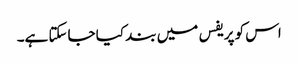
اس کو پریفس میں بند کیا جاسکتا ہے۔